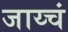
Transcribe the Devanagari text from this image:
जाय्चं